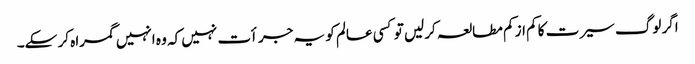
اگر لوگ سیرت کا کم از کم مطالعہ کرلیں تو کسی عالم کو یہ جرأت نہیں کہ وہ انہیں گمراہ کر سکے۔